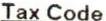
TAX CODE